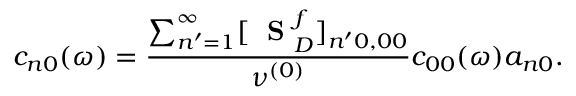
c _ { n 0 } ( \omega ) = \frac { \sum _ { n ^ { \prime } = 1 } ^ { \infty } [ \mathrm { ~ \bf ~ S ~ } _ { D } ^ { f } ] _ { n ^ { \prime } 0 , 0 0 } } { \nu ^ { ( 0 ) } } c _ { 0 0 } ( \omega ) a _ { n 0 } .